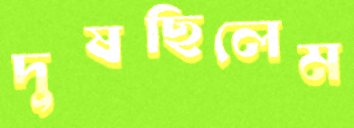
দুষছিলেম